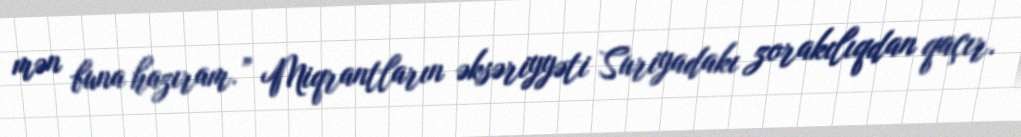
mən buna hazıram.” Miqrantların əksəriyyəti Suriyadakı zorakılıqdan qaçır.